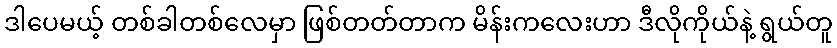
ဒါပေမယ့် တစ်ခါတစ်လေမှာ ဖြစ်တတ်တာက မိန်းကလေးဟာ ဒီလိုကိုယ်နဲ့ ရွယ်တူ